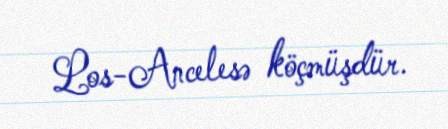
Los-Ancelesə köçmüşdür.